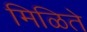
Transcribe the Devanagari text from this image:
मिळिते